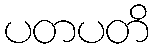
ပတပတိ